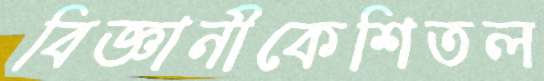
বিজ্ঞানীকেশিতল